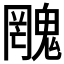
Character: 𲌫